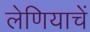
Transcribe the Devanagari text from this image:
लेणियाचें